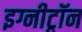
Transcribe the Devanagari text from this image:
इग्नीट्रॉन